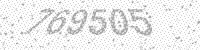
Solution: 769505